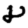
Digit: 8